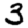
Digit: 3